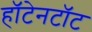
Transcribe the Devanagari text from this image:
हॉटेनटॉट